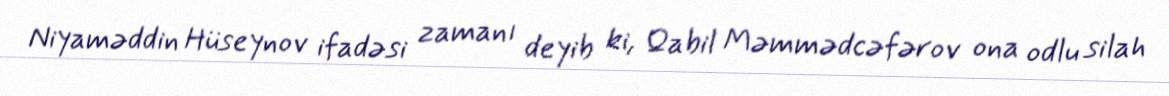
Niyaməddin Hüseynov ifadəsi zamanı deyib ki, Qabil Məmmədcəfərov ona odlu silah